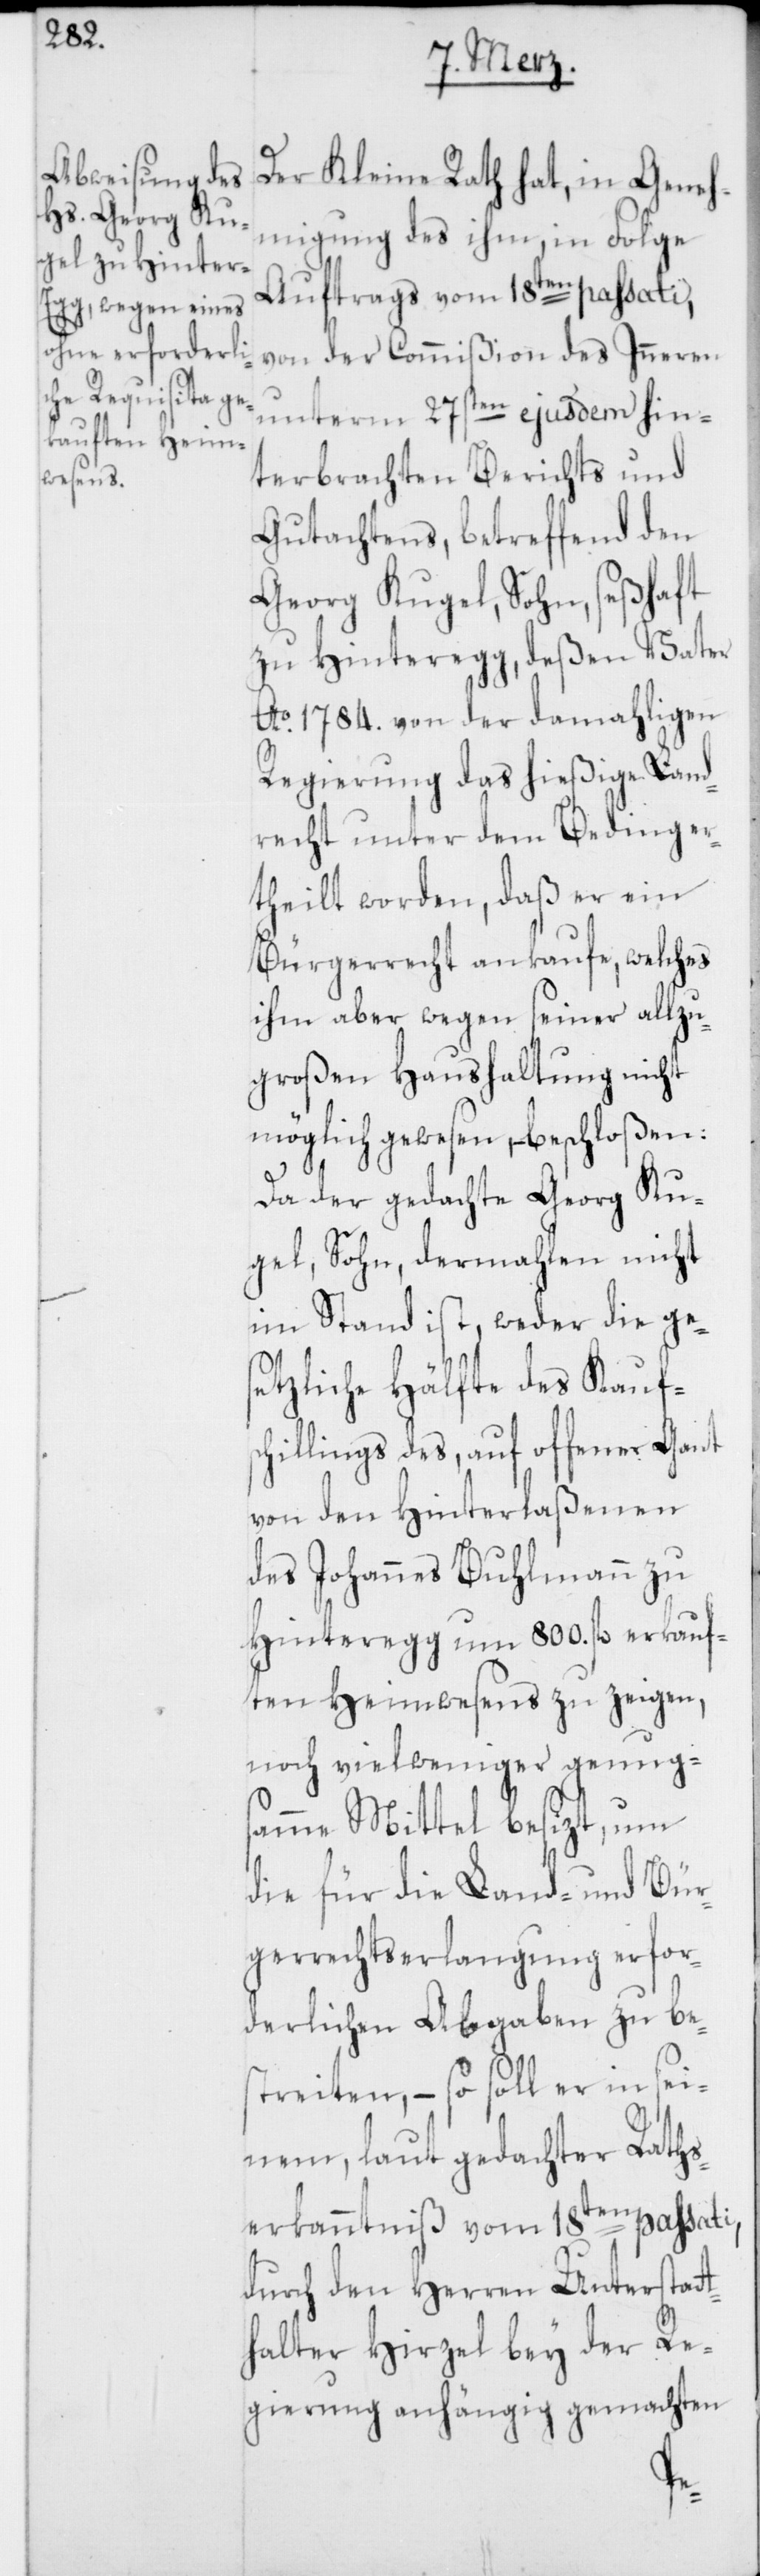
Der Kleine Rath hat, in Geneh¬
migung des ihm, in Folge
Auftrags vom 18ten passati,
von der Commißion des Inneren
unterm 27sten ejusdem hin¬
terbrachten Berichts und
Gutachtens, betreffend den
Georg Kugel, Sohn, seßhaft
zu Hinteregg, deßen Vater
Ao 1784. von der damahligen
Regierung das hießige Land¬
recht unter dem Beding er¬
theilt worden, daß er ein
Bürgerrecht ankaufe, welches
ihm aber wegen seiner allzu
großen Haushaltung nicht
möglich gewesen, – beschloßen:
Da der gedachte Georg Ku¬
gel, Sohn, dermahlen nicht
im Stand ist, weder die ges¬
etzliche Hälfte des Kaufs¬
chillings des, auf offener Gant
von den Hinterlaßenen
des Johannes Buhlmann zu
Hinteregg um 800. fl. erkauf¬
ten Heimwesens zu zeigen,
noch vielweniger genug¬
same Mittel besizt, um
die für die Land- und Bür¬
gerrechtserlangung erfor¬
derlichen Abgaben zu be¬
streiten, – so soll er in sei¬
nem, laut gedachter Raths¬
erkanntnis vom 18ten passati,
durch den Herren Unterstatt¬
halter Hirzel bey der Re¬
gierung anhängig gemachten